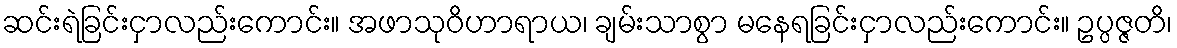
ဆင်းရဲခြင်းငှာလည်းကောင်း။ အဖာသုဝိဟာရာယ၊ ချမ်းသာစွာ မနေရခြင်းငှာလည်းကောင်း။ ဥပ္ပဇ္ဇတိ၊